Indian journal of veterinary science and animal husbandry - Volumes 15-17, 1948-1951
Year: 1948
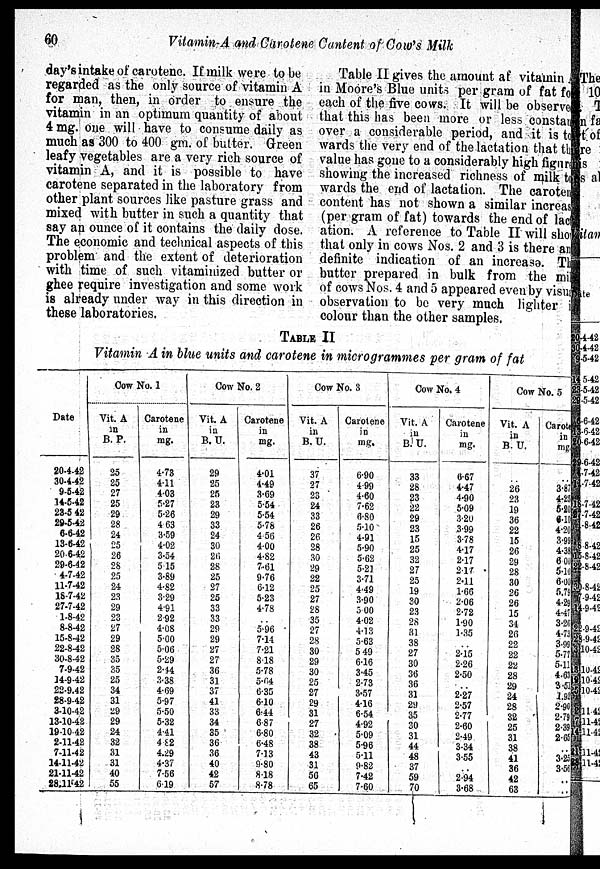
60
Vitamin-A and Carotene Cantent of Cow's Milk
day's intake of carotene. If milk were to be
regarded as the only source of vitamin A
for man, then, in order to ensure the
vitamin in an optimum quantity of about
4 mg. one will have to consume daily as
much as 300 to 400 gm. of butter. Green
leafy vegetables are a very rich source of
vitamin A, and it is possible to have
carotene separated in the laboratory from
other plant sources like pasture grass and
mixed with butter in such a quantity that
say an ounce of it contains the daily dose.
The economic and technical aspects of this
problem and the extent of deterioration
with time of such vitaminized butter or
ghee require investigation and some work
is already under way in this direction in
these laboratories.
TABLE II
Vitamin A in blue units and carotene in microgrammes per gram of fat
Table II gives the amount af vitamin A
in Moore's Blue units per gram of fat for
each of the five cows. It will be observed
that this has been more or less constan
over a considerable period, and it is to
wards the very end of the lactation that the
value has gone to a considerably high figure
showing the increased richness of milk to
wards the end of lactation. The caroten
content has not shown a similar increase
(per gram of fat) towards the end of lact
ation. A reference to Table II will show
that only in cows Nos. 2 and 3 is there any
definite indication of an increasə. The
butter prepared in bulk from the milk
of cows Nos. 4 and 5 appeared even by visual
observation to be very much lighter in
colour than the other samples.
Date
20-4-42
30-4-42
9-5-42
14-5-42
23-5 42
293-5-42
6-6-42
13-6-42
20.6-42
29-6-42
4-7-42
11-7-42
18-7-42
27-7-42
1-8-42
8-8-42
15-8-42
22-8-42
30-8-42
7-9-42
14-9-42
22-9-42
28-9-42
3-10-42
13-10-42
19-10-42
2-11-42
7-11-42
14-11-42
21-11-42
28-11-42
Cow No. 1
Vit. A
in
B. P.
25
25
27
25
29
28
24
25
26
28
25
24
23
29
23
27
29
28
35
35
25
34
31
29
29
24
32
31
31
40
55
Carotene
in
mg.
4.73
4.11
4.03
5.27
5.26
4 63
3.59
4.02
3.54
515
3.89
4.82
3.29
4.91
2.92
4.08
5.00
5.06
5.29
2.44
3.38
4.69
5.97
5.50
5.32
4.41
4.82
4.29
4.37
7.56
619
Cow No. 2
Vit. A
in
B.U.
29
25
25
23
29
33
24
30
26
28
25
27
25
33
33
29
29
27
27
36
31
37
41
33
34
35
36
36
40
42
57
Carotene
in
mg.
4.01
4.49
3.69
5.54
5.54
5.78
456
4.00
4.82
7.61
9.76
6.12
5.23
4.78
..
5.96
7.14
7.21
8.18
5.78
5.64
6.35
6.10
6.44
6.87
6.80
6.48
7.13
9.80
8.18
8.78
Cow No. 3
Vit. A
in
B.U.
37
27
23
24
33
26
26
28
30
29
22
25
27
28
35
27
28
30
29
30
25
27
29
31
27
32
38
43
31
56
65
Carotene
in
mg.
6.90
4.99
4.60
7.62
6.80
5.10
4.91
5.90
5.62
5.21
3.71
4.49
3.90
500
4.02
4.13
5.63
5.49
6.16
3.45
2.73
3.57
4.16
6.54
4.92
5.09
5.96
5.11
9.82
7.42
7.60
Cow No, 4
Vit. A
in
B.U.
33
28
23
22
29
23
15
25
32
27
25
19
30
23
28
31
38
27
30
36
36
31
29
35
30
31
44
48
37
59
70
Carotene
in
mg.
6.67
4.47
4.90
5.09
3.20
3.99
3.78
4.17
2.17
2.17
2.11
1.66
2.06
2.72
1.90
1.35
..
2.15
2.26
2.50
..
2.27
2.57
2.77
2.60
2.49
3.34
3.55
..
2.94
3.68
Cow No. 5
Vit. A
in
B.U.
..
26
23
19
36
22
15
26
29
28
30
26
26
15
34
26
22
22
22
28
29
24
28
32
25
31
38
41
36
42
63
Carotene
in
mg.
..
3.87
4.25
5.20
6.10
4.20
3.99
4.38
6.00
5.10
6.00
5.79
4.29
4.47
3.2C
4.73
3.99
5.77
5.11
4.63
3.51
1.92
2.90
2.79
2.39
2.65
..
3.25
3.56
..
..